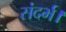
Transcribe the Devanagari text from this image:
संदर्भ।